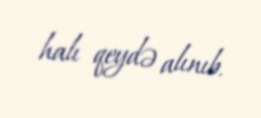
halı qeydə alınıb.